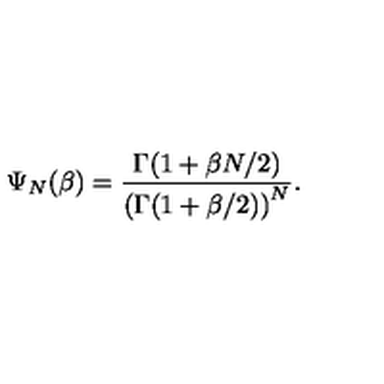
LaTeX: \Psi _ { N } ( \beta ) = { \frac { \Gamma ( 1 + \beta N / 2 ) } { \left( \Gamma ( 1 + \beta / 2 ) \right) ^ { N } } } .